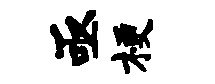
亟梗